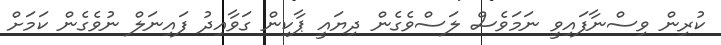
ކުރިން ވިސްނާފައިވީ ނަމަވެސް ލަސްވެގެން ދިޔައީ ޕާކިން ގަވާއިދު ފައިނަލް ނުވެގެން ކަމަށް